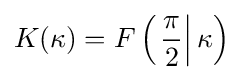
K(\kappa )=F\left(\left.{\frac {\pi }{2}}\right|\kappa \right)